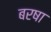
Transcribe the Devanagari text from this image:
बरषा